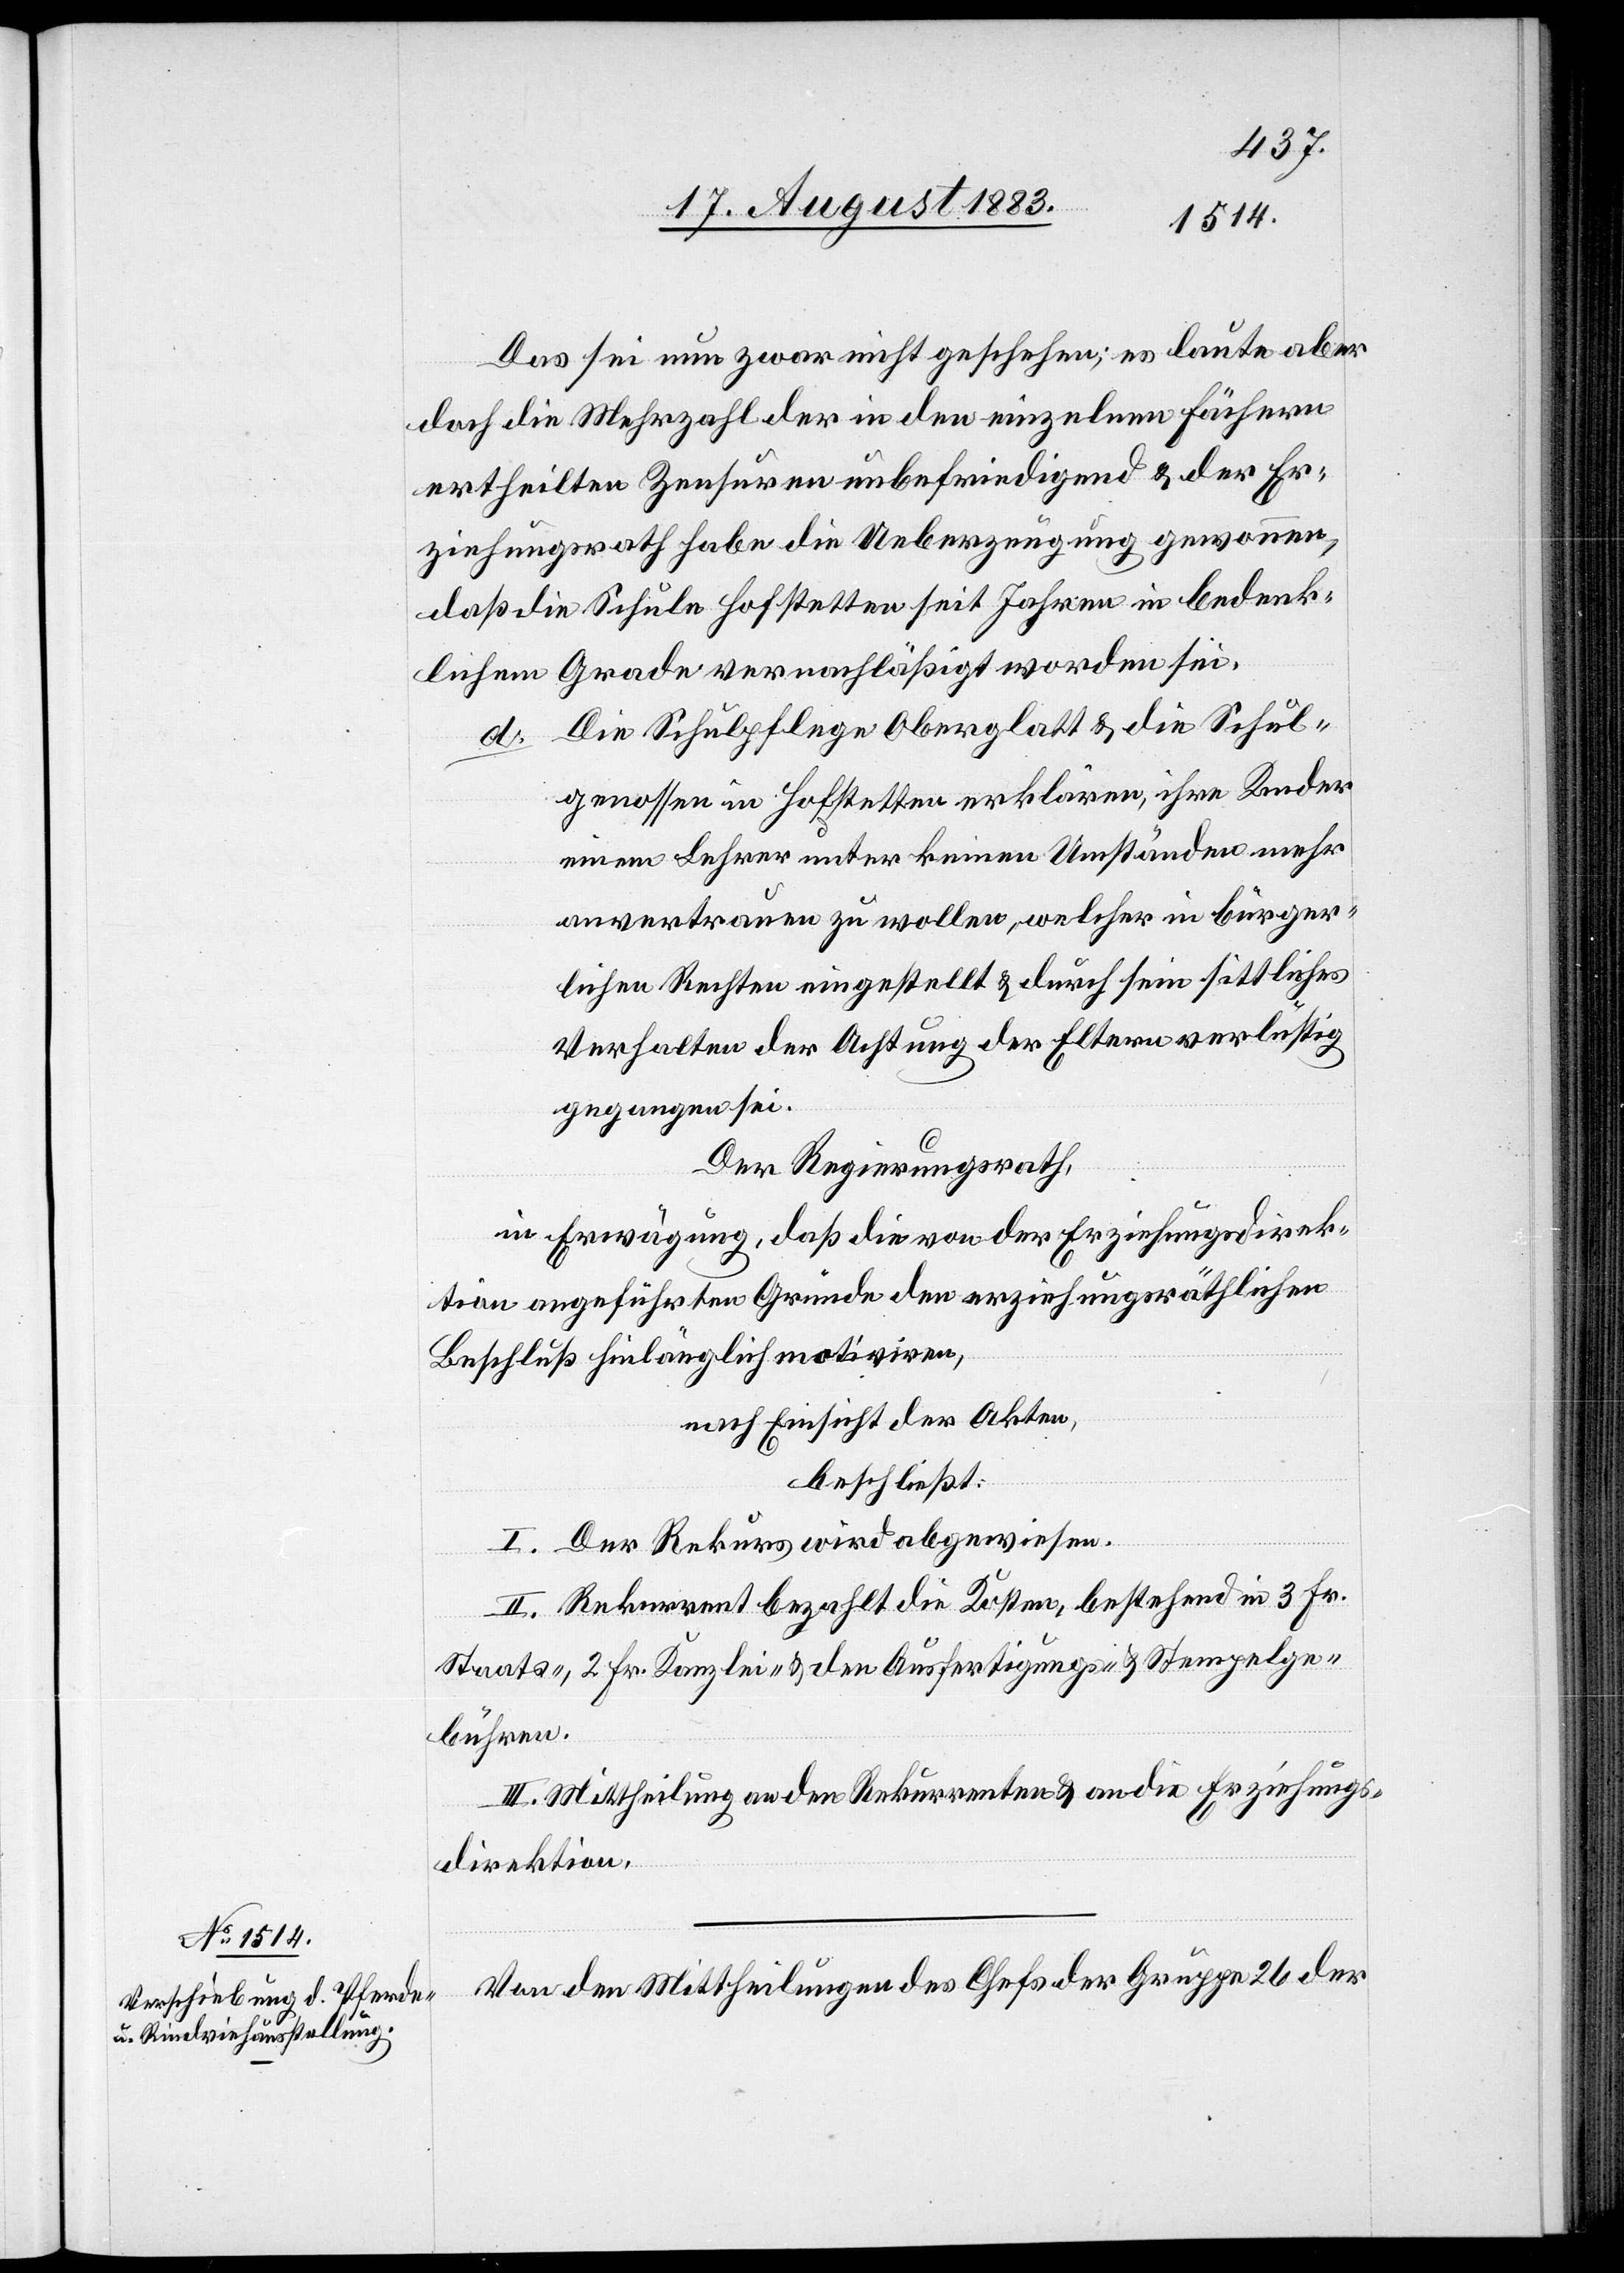
Das sei zwar nicht geschehen; es laute aber
doch die Mehrzahl der in den einzelnen Fächern
ertheilten Zensuren unbefriedigend & der Er¬
ziehungsrath habe die Ueberzeugung gewonnen,
daß die Schule Hofstetten seit Jahren in bedenk¬
lichem Grade vernachläßigt worden sei.
Die Schulpflege Oberglatt & die Schul¬
genossen in Hofstetten erklären, ihre Kinder
einem Lehrer unter keinen Umständen mehr
anvertrauen zu wollen, welcher in bürger¬
lichen Rechten eingestellt & durch sein sittliches
Verhalten der Achtung der Eltern verlüstig
gegangen sei.
Der Regierungsrath,
in Erwägung, daß die von der Erziehungsdirek¬
tion angeführten Gründe den erziehungsräthlichen
Beschluß hinlänglich motiviren,
nach Einsicht der Akten,
beschließt:
I. Der Rekurs wird abgewiesen.
II. Rekurrent bezahlt die Kosten, bestehend in 3 Fr.
Staats-, 2 Fr. Kanzlei- & den Ausfertigungs- & Stempelge¬
bühren.
III. Mittheilung an den Rekurrenten & an die Erziehungs¬
direktion.
Von den Mittheilungen des Chefs der Gruppe 26 der